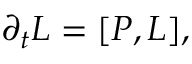
\begin{array} { r } { \partial _ { t } L = [ P , L ] , } \end{array}